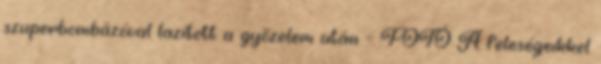
szuperbombázóval lazított a győzelem után – FOTÓ A feleségeikkel